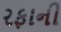
રફાની